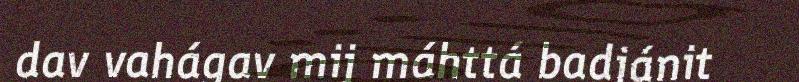
dav vahágav mij máhttá badjánit